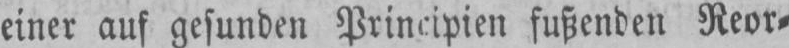
fußenden Reor⸗